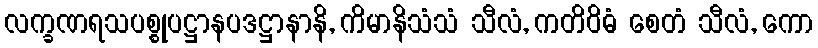
လက္ခဏရသပစ္စုပဋ္ဌာနပဒဋ္ဌာနာနိ, ကိမာနိသံသံ သီလံ, ကတိဝိဓံ စေတံ သီလံ, ကော